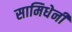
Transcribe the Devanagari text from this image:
सामिधेनी